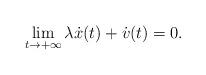
LaTeX: \begin{align*} \lim_{t\rightarrow+\infty} \lambda \dot x(t)+\dot v(t) =0.\end{align*}